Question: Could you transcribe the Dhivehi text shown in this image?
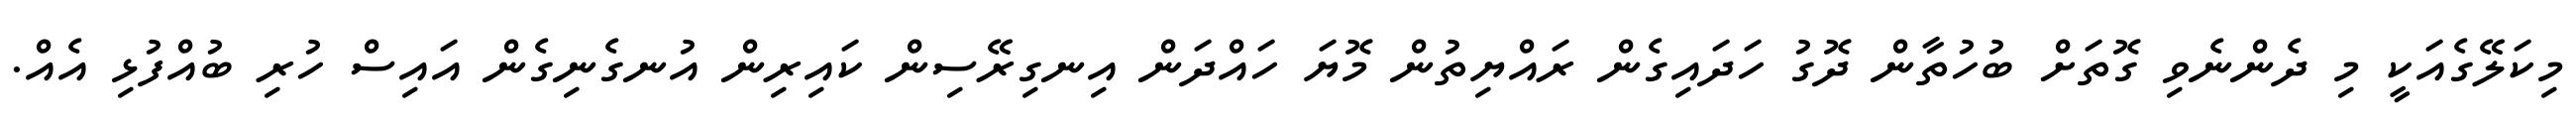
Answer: މިކަލޭގެއަކީ މި ދެންނެވި ގޮތަށް ބުހުތާން ދޮގު ހަދައިގެން ރައްޔިތުން މޮޔަ ހައްދަން އިނގިރޭސިން ކައިރިން އުނގެނިގެން އައިސް ހުރި ބުއްފުޅި އެއް.